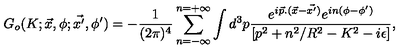
G _ { o } ( K ; \vec { x } , \phi ; \vec { x ^ { \prime } } , \phi ^ { \prime } ) = - \frac { 1 } { ( 2 \pi ) ^ { 4 } } \sum _ { n = - \infty } ^ { n = + \infty } \int d ^ { 3 } p \frac { e ^ { i \vec { p } . ( \vec { x } - \vec { x ^ { \prime } } ) } e ^ { i n ( \phi - \phi ^ { \prime } ) } } { [ p ^ { 2 } + n ^ { 2 } / R ^ { 2 } - K ^ { 2 } - i \epsilon ] } ,